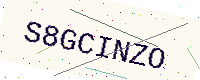
Text: S8GCINZO